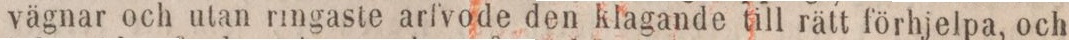
vägnar och utan ringaste arfvode den klagande till rätt förhjelpa, och